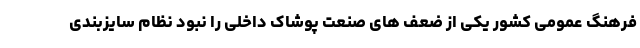
فرهنگ عمومی کشور یکی از ضعف های صنعت پوشاک داخلی را نبود نظام سایزبندی